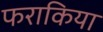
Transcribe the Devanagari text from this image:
फराकिया